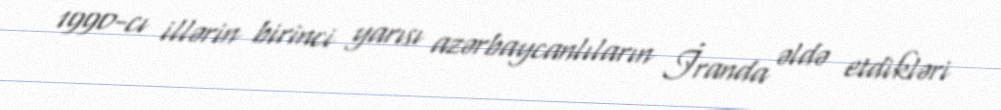
1990-cı illərin birinci yarısı azərbaycanlıların İranda əldə etdikləri